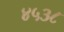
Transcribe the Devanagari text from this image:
४५३८